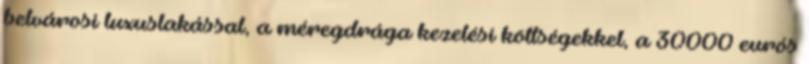
belvárosi luxuslakással, a méregdrága kezelési költségekkel, a 30000 eurós